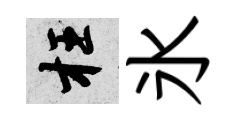
枉氷